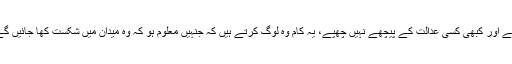
اور ویسے بھی ہم کبھی انگلی کے پیچھے ، کبھی کسی ٹربیونل کے پیچھے اور کبھی کسی عدالت کے پیچھے نہیں چھپے، یہ کام وہ لوگ کرتے ہیں کہ جنہیں معلوم ہو کہ وہ میدان میں شکست کھا جائیں گے اور اسی لئے مجھے اس قسم کی تنقید کی ضرورت محسوس نہیں ہوتی۔